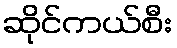
ဆိုင်ကယ်စီး